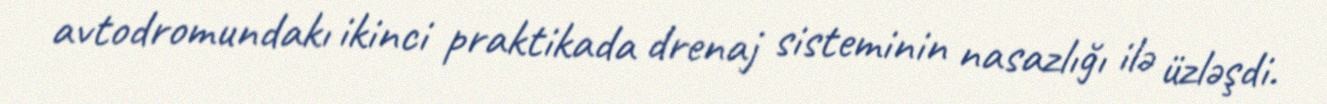
avtodromundakı ikinci praktikada drenaj sisteminin nasazlığı ilə üzləşdi.